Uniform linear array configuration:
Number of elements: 12
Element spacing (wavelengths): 0.5
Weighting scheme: cosine
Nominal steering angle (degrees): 30
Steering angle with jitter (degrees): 28.72
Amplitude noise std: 0.05
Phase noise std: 0.05

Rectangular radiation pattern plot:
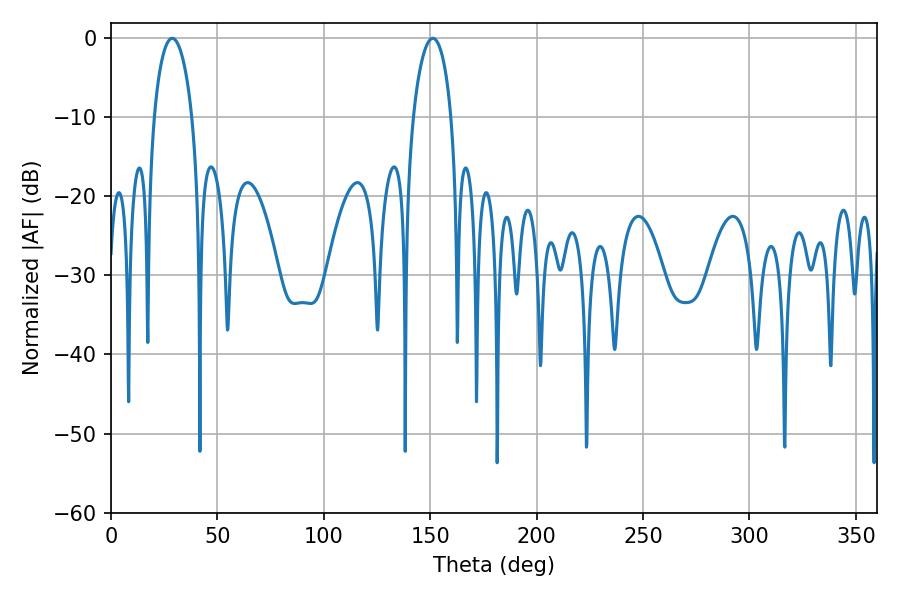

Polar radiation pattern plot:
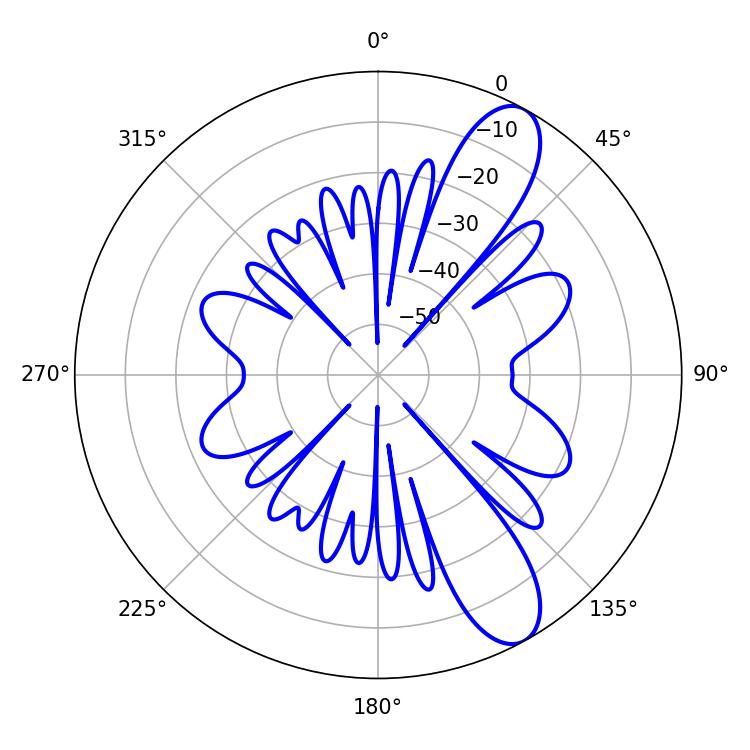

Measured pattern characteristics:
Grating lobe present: FALSE
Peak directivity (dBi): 10.299
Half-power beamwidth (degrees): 10.26
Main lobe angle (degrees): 28.8